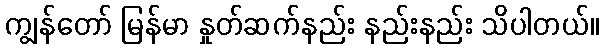
ကျွန်တော် မြန်မာ နှုတ်ဆက်နည်း နည်းနည်း သိပါတယ်။